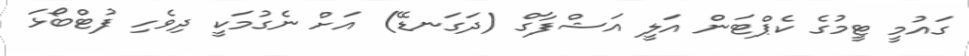
ގައުމީ ޓީމުގެ ކެޕްޓަން އަލީ އަޝްފާގް (ދަގަނޑޭ) އަށް ނެގުމަކީ ދިވެހި ފުޓްބޯޅަ